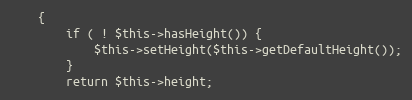
Language: PHP
    {
        if ( ! $this->hasHeight()) {
            $this->setHeight($this->getDefaultHeight());
        }
        return $this->height;